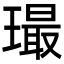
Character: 𤩛